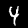
Label: 4